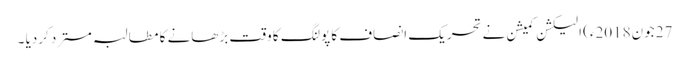
27 جون2018ء) الیکشن کمیشن نے تحریک انصاف کا پولنگ کا وقت بڑھانے کا مطالبہ مسترد کردیا ۔